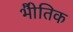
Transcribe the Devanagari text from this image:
भोैतिक